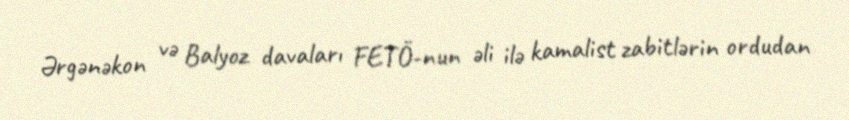
Ərgənəkon və Balyoz davaları FETÖ-nun əli ilə kamalist zabitlərin ordudan